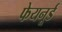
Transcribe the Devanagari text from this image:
फेयनूर्ड